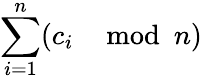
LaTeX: \sum_{i=1}^{n}(c_{i}\mod{n})